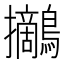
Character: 𪇪